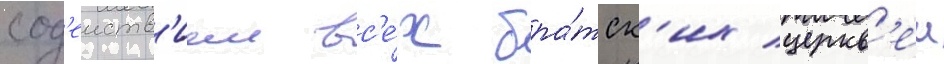
сод'еиств'ием вс'е́х бра́тск'их церкв'еи